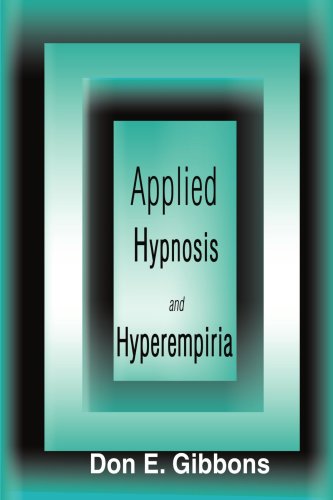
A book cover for Applied Hypnosis and Hyperempiria; Don Gibbons; Medical Books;